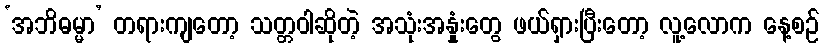
‘အဘိဓမ္မာ’ တရားကျတော့ သတ္တဝါဆိုတဲ့ အသုံးအနှုံးတွေ ဖယ်ရှားပြီးတော့ လူ့လောက နေ့စဉ်